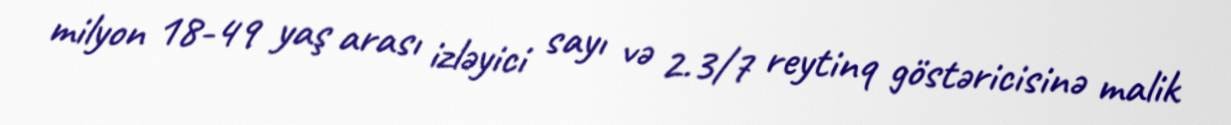
milyon 18-49 yaş arası izləyici sayı və 2.3/7 reytinq göstəricisinə malik